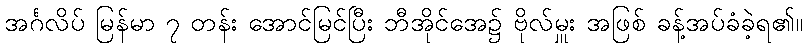
အင်္ဂလိပ် မြန်မာ ၇ တန်း အောင်မြင်ပြီး ဘီအိုင်အေ၌ ဗိုလ်မှူး အဖြစ် ခန့်အပ်ခံခဲ့ရ၏။